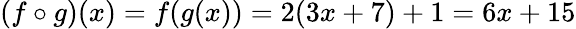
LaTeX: (f\circ g)(x)=f(g(x))=2(3x+7)+1=6x+15